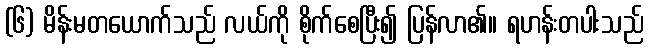
(၆) မိန်းမတယောက်သည် လယ်ကို စိုက်စေပြီး၍ ပြန်လာ၏။ ရဟန်းတပါးသည်